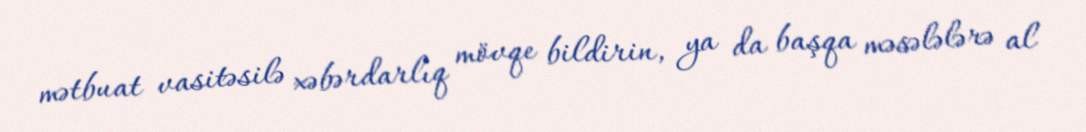
mətbuat vasitəsilə xəbərdarlıq mövqe bildirin, ya da başqa məsələlərə al